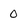
Character: 0